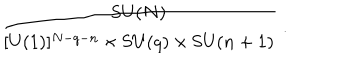
LaTeX: { \frac { \mathrm { S U } ( N ) } { [ \mathrm { U } ( 1 ) ] ^ { N - q - n } \times \mathrm { S U } ( q ) \times \mathrm { S U } ( n + 1 ) } } \; .